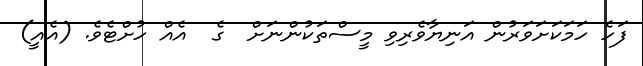
ފަހެ ހަމަކަށަވަރުން އަނިޔާވެރިވި މީސްތަކުންނަށް  ގެ  އެއް ހުށްޓެވެ. (އެއީ)